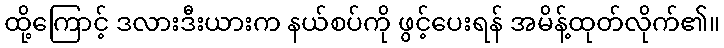
ထို့ကြောင့် ဒလားဒီးယားက နယ်စပ်ကို ဖွင့်ပေးရန် အမိန့်ထုတ်လိုက်၏။